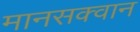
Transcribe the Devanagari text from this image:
मानसक्वान